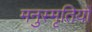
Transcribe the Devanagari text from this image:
मनुस्मृतियों